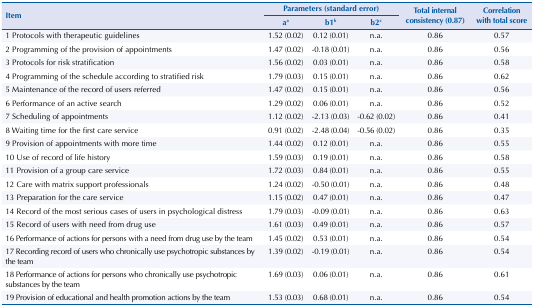
<table><thead><tr><td rowspan="3"><b>Item</b></td><td colspan="3"><b>Parameters (standard error)</b></td><td rowspan="3"><b>Total internal consistency (0.87)</b></td><td rowspan="3"><b>Correlation with total score</b></td></tr><tr><td><b>a<sup>a</sup></b></td><td><b>b1<sup>b</sup></b></td><td><b>b2<sup>c</sup></b></td></tr></thead><tbody><tr><td>1 Protocols with therapeutic guidelines</td><td>1.52 (0.02)</td><td>0.12 (0.01)</td><td>n.a.</td><td>0.86</td><td>0.57</td></tr><tr><td>2 Programming of the provision of appointments</td><td>1.47 (0.02)</td><td>-0.18 (0.01)</td><td>n.a.</td><td>0.86</td><td>0.56</td></tr><tr><td>3 Protocols for risk stratification</td><td>1.56 (0.02)</td><td>0.03 (0.01)</td><td>n.a.</td><td>0.86</td><td>0.58</td></tr><tr><td>4 Programming of the schedule according to stratified risk</td><td>1.79 (0.03)</td><td>0.15 (0.01)</td><td>n.a.</td><td>0.86</td><td>0.62</td></tr><tr><td>5 Maintenance of the record of users referred</td><td>1.47 (0.02)</td><td>0.15 (0.01)</td><td>n.a.</td><td>0.86</td><td>0.56</td></tr><tr><td>6 Performance of an active search</td><td>1.29 (0.02)</td><td>0.06 (0.01)</td><td>n.a.</td><td>0.86</td><td>0.52</td></tr><tr><td>7 Scheduling of appointments</td><td>1.12 (0.02)</td><td>-2.13 (0.03)</td><td>-0.62 (0.02)</td><td>0.86</td><td>0.41</td></tr><tr><td>8 Waiting time for the first care service</td><td>0.91 (0.02)</td><td>-2.48 (0.04)</td><td>-0.56 (0.02)</td><td>0.86</td><td>0.35</td></tr><tr><td>9 Provision of appointments with more time</td><td>1.44 (0.02)</td><td>0.12 (0.01)</td><td>n.a.</td><td>0.86</td><td>0.55</td></tr><tr><td>10 Use of record of life history</td><td>1.59 (0.03)</td><td>0.19 (0.01)</td><td>n.a.</td><td>0.86</td><td>0.58</td></tr><tr><td>11 Provision of a group care service</td><td>1.72 (0.03)</td><td>0.84 (0.01)</td><td>n.a.</td><td>0.86</td><td>0.55</td></tr><tr><td>12 Care with matrix support professionals</td><td>1.24 (0.02)</td><td>-0.50 (0.01)</td><td>n.a.</td><td>0.86</td><td>0.48</td></tr><tr><td>13 Preparation for the care service</td><td>1.15 (0.02)</td><td>0.47 (0.01)</td><td>n.a.</td><td>0.86</td><td>0.47</td></tr><tr><td>14 Record of the most serious cases of users in psychological distress</td><td>1.79 (0.03)</td><td>-0.09 (0.01)</td><td>n.a.</td><td>0.86</td><td>0.63</td></tr><tr><td>15 Record of users with need from drug use</td><td>1.61 (0.03)</td><td>0.49 (0.01)</td><td>n.a.</td><td>0.86</td><td>0.57</td></tr><tr><td>16 Performance of actions for persons with a need from drug use by the team</td><td>1.45 (0.02)</td><td>0.53 (0.01)</td><td>n.a.</td><td>0.86</td><td>0.54</td></tr><tr><td>17 Recording record of users who chronically use psychotropic substances by the team</td><td>1.39 (0.02)</td><td>-0.19 (0.01)</td><td>n.a.</td><td>0.86</td><td>0.54</td></tr><tr><td>18 Performance of actions for persons who chronically use psychotropic substances by the team</td><td>1.69 (0.03)</td><td>0.06 (0.01)</td><td>n.a.</td><td>0.86</td><td>0.61</td></tr><tr><td>19 Provision of educational and health promotion actions by the team</td><td>1.53 (0.03)</td><td>0.68 (0.01)</td><td>n.a.</td><td>0.86</td><td>0.54</td></tr></tbody></table>